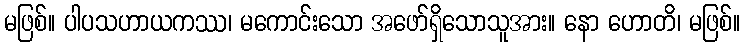
မဖြစ်။ ပါပသဟာယကဿ၊ မကောင်းသော အဖော်ရှိသောသူအား။ နော ဟောတိ၊ မဖြစ်။